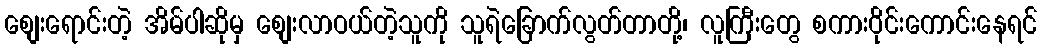
စျေးရောင်းတဲ့ အိမ်ပါဆိုမှ စျေးလာဝယ်တဲ့သူကို သူရဲခြောက်လွတ်တာတို့၊ လူကြီးတွေ စကားဝိုင်းကောင်းနေရင်